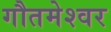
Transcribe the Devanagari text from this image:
गौतमेश्वर